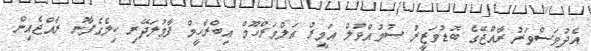
އެދުވަސްވަރު ރާއްޖޭގެ ބޮޑުވަޒީރު ސުމުއްވުލް އަމީރު އަލްމަރްހޫމް އިބްރާހީމް ފާމުލަދޭރި ކިލެގެފާނު ރާއްޖެއިން